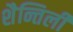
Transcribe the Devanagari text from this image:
शैन्तिली